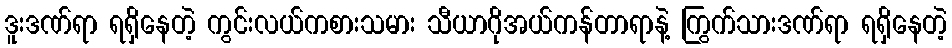
ဒူးဒဏ်ရာ ရရှိနေတဲ့ ကွင်းလယ်ကစားသမား သီယာဂိုအယ်ကန်တာရာနဲ့ ကြွက်သားဒဏ်ရာ ရရှိနေတဲ့